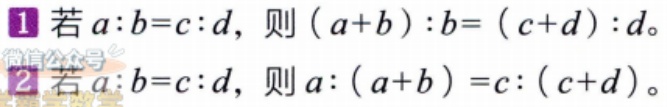
1. 若\(a:b = c:d\)，则\((a + b):b=(c + d):d\)。

2. 若\(a:b = c:d\)，则\(a:(a + b)=c:(c + d)\)。